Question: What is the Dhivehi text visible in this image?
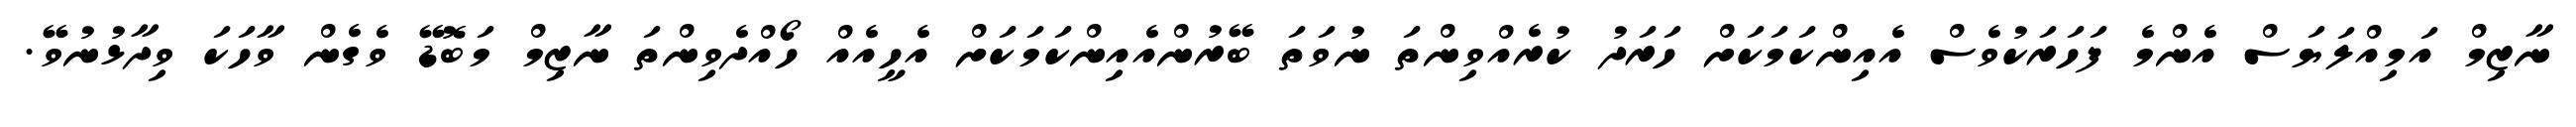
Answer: ނާޒިމް އަމިއްލަޔަސް އެންމެ ފަހަރަކުވެސް އެއިންކަމަކަށް ހަރަދު ކުރެއްވިންތަ ނުވަތަ ބޭރުންއެއިންކަމަކަށް އެހީއެއް ހޯއްދެވިންތަ ނާޒިމް މަބޮޑޭ ވެގެން ވާހަކަ ވިދާޅުނުވޭ.